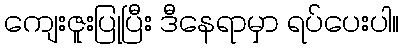
ကျေးဇူးပြုပြီး ဒီနေရာမှာ ရပ်ပေးပါ။